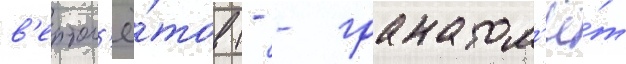
в'ертол'ё́тов (- - гранатом'ё́т